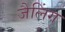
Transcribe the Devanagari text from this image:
जैलिंग